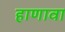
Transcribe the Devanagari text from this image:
हाणावा